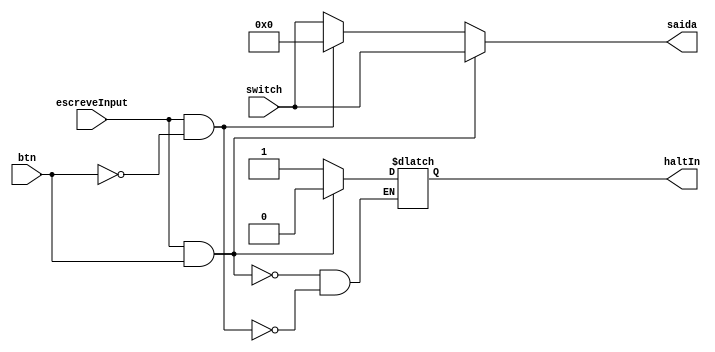
module input_(switch, escreveInput, btn, haltIn, saida);

input wire [17:0] switch; //  botes para a entrada
input wire escreveInput; // flag da UC
input wire btn; // boto a ser pressionado para fazer a leitura

output reg haltIn;
output reg [17:0] saida; //  valor de sada, para ser colocado em um registrador

always @(*)
begin
	saida <= switch;
    if (escreveInput == 1 && btn == 1)
	 begin
        saida <= switch; // recebve o valor dos switchs
		  haltIn <= 0;
    end
	 else if(escreveInput == 1 && btn == 0)
	 begin
        saida <= 18'b0; // se o boto no estiver pressionado o valor  0
		  haltIn <= 1; // para o divisor de frequncia segurar
    end

end

endmodule